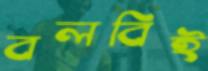
বলবিই